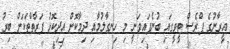
އީރާނުގެ ޕްރެސް ޓީވީގައި ބުނެފައިވަނީ މި ހިނގާލުމާއި ދިމާކޮށް އިދިކޮޅު ފަރާތްތަކަށް ބިރު